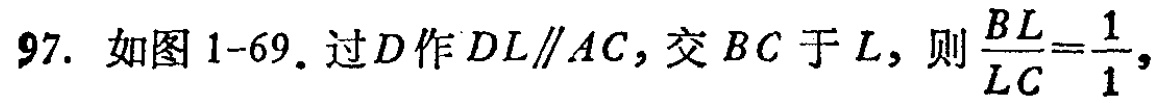
97. 如图1-69. 过\(D\)作\(DL\parallel AC\)，交\(BC\)于\(L\)，则\(\frac{BL}{LC}=\frac{1}{1}\)，